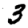
Digit: 3